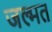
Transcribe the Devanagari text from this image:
जल्मत